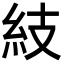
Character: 𥾣